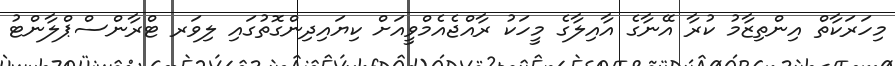
މިހަރަކާތް އިންތިޒާމު ކުރާ އޭނާގެ އާއިލާގެ މީހަކު ރާއްޖެއެމްވީއަށް ކިޔައިދިންގޮތުގައި ލިވަރ ޓްރާންސްޕްލާންޓު